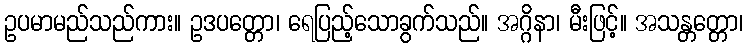
ဥပမာမည်သည်ကား။ ဥဒပတ္တော၊ ရေပြည့်သောခွက်သည်။ အဂ္ဂိနာ၊ မီးဖြင့်။ အသန္တတ္တော၊